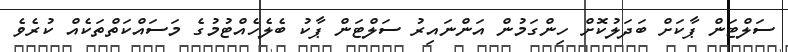
ސަލްޓަން ޕާކަށް ބަދަލުކޮށް ހިންގަމުން އަންނައިރު ސަލްޓަން ޕާކު ބެލެހެއްޓުމުގެ މަސައްކަތްތަކެއް ކުރެވެ